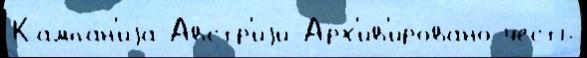
Кампа́н'иjа А́встр'иjи Арх'ив'и́ровано честь